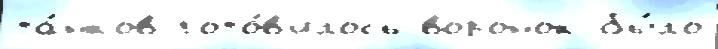
та́нков гото́в'илось воронок бы́ло